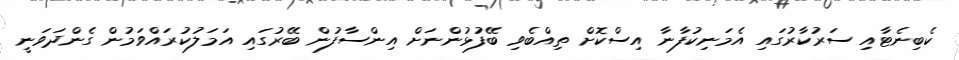
ކެބިނެޓާއި ސަރުކާރުގައި އެމަނިކުފާނާ އިސްކޮށް ތިއްބެވި ބޭފުޅުންނަށް އިންސާފުން ބޭރުގައި އަމަލުކުރައްވަމުން ގެންދަވަނީ